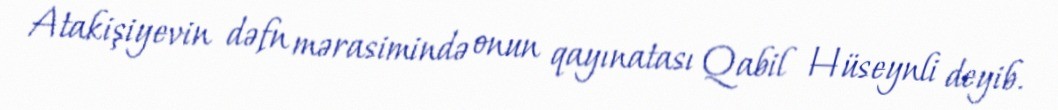
Atakişiyevin dəfn mərasimində onun qayınatası Qabil Hüseynli deyib.